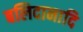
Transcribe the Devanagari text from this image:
बलिदानादि